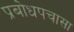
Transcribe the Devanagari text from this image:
प्रबोधपचासा